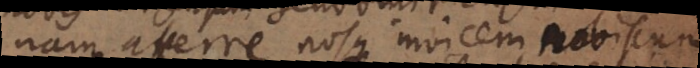
nam afferre nosque invicem nobiscum